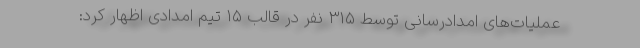
عملیات‌های امدادرسانی توسط ٣١۵ نفر در قالب ١۵ تیم امدادی اظهار کرد: